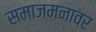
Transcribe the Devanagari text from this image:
समाजमनावर